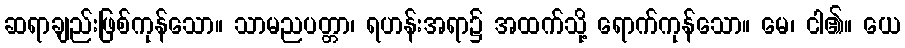
ဆရာချည်းဖြစ်ကုန်သော။ သာမညပတ္တာ၊ ရဟန်းအရာ၌ အထက်သို့ ရောက်ကုန်သော။ မေ၊ ငါ၏။ ယေ